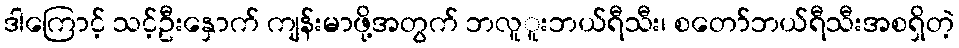
ဒါကြောင့် သင့်ဦးနှောက် ကျန်းမာဖို့အတွက် ဘလူူးဘယ်ရီသီး၊ စတော်ဘယ်ရီသီးအစရှိတဲ့